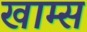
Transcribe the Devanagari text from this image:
खाम्स